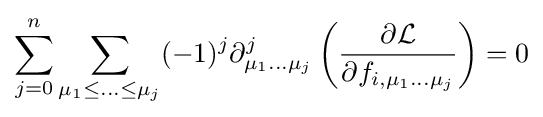
\sum _{j=0}^{n}\sum _{\mu _{1}\leq \ldots \leq \mu _{j}}(-1)^{j}\partial _{\mu _{1}\ldots \mu _{j}}^{j}\left({\frac {\partial {\mathcal {L}}}{\partial f_{i,\mu _{1}\dots \mu _{j}}}}\right)=0